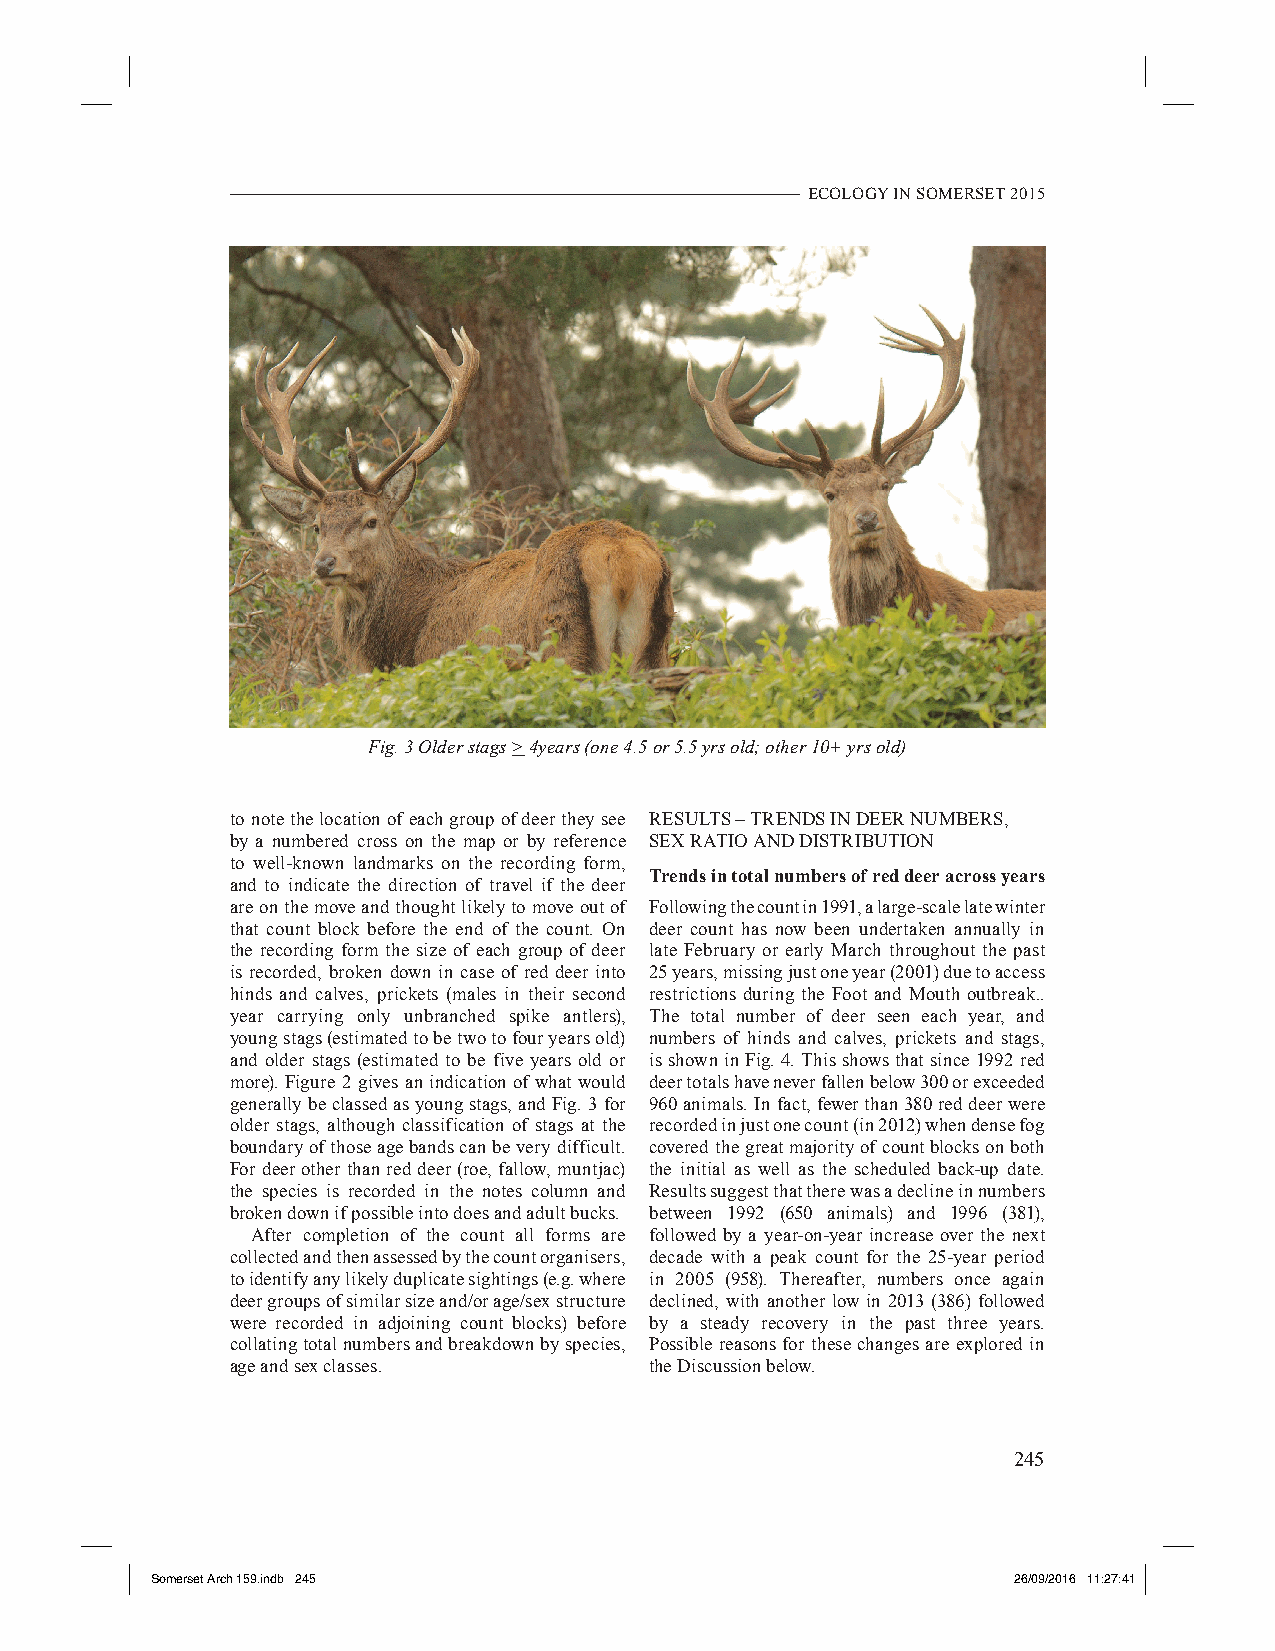
ECOLOGY IN SOMERSET 2015
 Fig. 3 Older stags > 4years (one 4.5 or 5.5 yrs old; other 10+ yrs old)
 to note the location of each group of deer they see RESULTS – TRENDS IN DEER NUMBERS,
 by a numbered cross on the map or by reference SEX RATIO AND DISTRIBUTION
 to well-known landmarks on the recording form,
 Trends in total numbers of red deer across years
 and to indicate the direction of travel if the deer
 are on the move and thought likely to move out of Following the count in 1991, a large-scale late winter
 that count block before the end of the count. On deer count has now been undertaken annually in
 the recording form the size of each group of deer late February or early March throughout the past
 is recorded, broken down in case of red deer into 25 years, missing just one year (2001) due to access
 hinds and calves, prickets (males in their second restrictions during the Foot and Mouth outbreak..
 year carrying only unbranched spike antlers), The total number of deer seen each year, and
 young stags (estimated to be two to four years old) numbers of hinds and calves, prickets and stags,
 and older stags (estimated to be five years old or is shown in Fig. 4. This shows that since 1992 red
 more). Figure 2 gives an indication of what would deer totals have never fallen below 300 or exceeded
 generally be classed as young stags, and Fig. 3 for 960 animals. In fact, fewer than 380 red deer were
 older stags, although classification of stags at the recorded in just one count (in 2012) when dense fog
 boundary of those age bands can be very difficult. covered the great majority of count blocks on both
 For deer other than red deer (roe, fallow, muntjac) the initial as well as the scheduled back-up date.
 the species is recorded in the notes column and Results suggest that there was a decline in numbers
 broken down if possible into does and adult bucks. between 1992 (650 animals) and 1996 (381),
 After completion of the count all forms are followed by a year-on-year increase over the next
 collected and then assessed by the count organisers, decade with a peak count for the 25-year period
 to identify any likely duplicate sightings (e.g. where in 2005 (958). Thereafter, numbers once again
 deer groups of similar size and/or age/sex structure declined, with another low in 2013 (386) followed
 were recorded in adjoining count blocks) before by a steady recovery in the past three years.
 collating total numbers and breakdown by species, Possible reasons for these changes are explored in
 age and sex classes.        the Discussion below.
 245
 Somerset Arch 159.indb 245                               26/09/2016 11:27:41